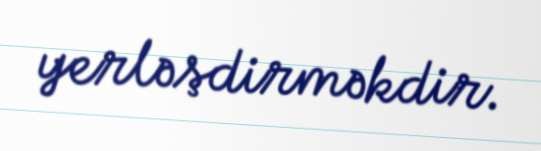
yerləşdirməkdir.